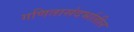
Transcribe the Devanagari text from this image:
गणितासंदर्भातील